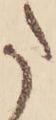
た